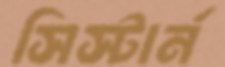
সিস্টার্ন